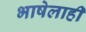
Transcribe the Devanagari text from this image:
भाषेलाही